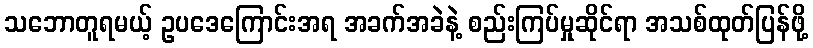
သဘောတူရမယ့် ဥပဒေကြောင်းအရ အခက်အခဲနဲ့ စည်းကြပ်မှုဆိုင်ရာ အသစ်ထုတ်ပြန်ဖို့